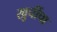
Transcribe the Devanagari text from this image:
खुर्चीचा